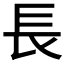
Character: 長